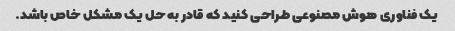
یک فناوری هوش مصنوعی طراحی کنید که قادر به حل یک مشکل خاص باشد.